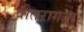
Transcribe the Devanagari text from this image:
वीतरागता